Scientific memoirs by medical officers of the Army of India - Part V,
Year: 1890
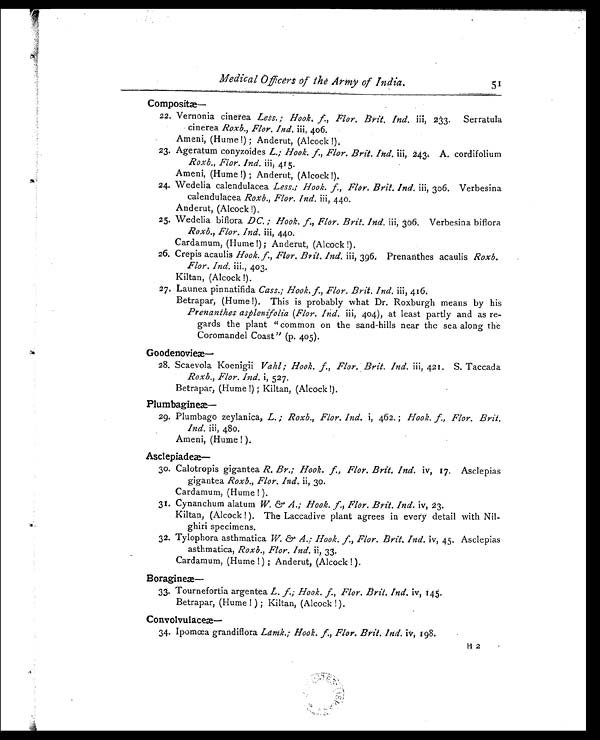
Medical Officers of the Army of India.
5 1
Composit
æ—
22. Vernonia cinerea Less; Hook. f., Flor. Brit, Ind. iii, 233. Serratula
cinerea Roxb., Flor. Ind. iii, 406.
Ameni, (Hume !); Anderut, (Alcock!).
23. Ageratum conyzoides L.; Hook. f., Flor. Brit. Ind. iii, 243. A. cordifolium
Roxb., Flor. Ind. iii; 415.
Ameni, (Hume!); Anderut, (Alcock!).
24. Wedelia calendulacea Less.; Hook. f., Flor. Brit. Ind. iii, 306. Verbesina
calendulacea Roxb., Flor. Ind. iii, 440.
Anderut, (Alcock!).
25. Wedelia biflora DC.; Hook. f., Fier. Brit. Ind. iii, 306. Verbesina biflora
Roxb., Flor. Ind. iii, 440.
Cardamum, (Hume!); Anderut, (Alcock!).
26. Crepis acaulis Hook. f., Flor. Brit. Ind. iii, 396. Prenanthes acaulis Roxb.
Flor. Ind. iii., 403.
Kiltan, (Alcock!).
27. Launea pinnatifida Cass.; Hook. f., Flor. Brit. Ind. iii, 416.
Betrapar, (Hume!). This is probably what Dr. Roxburgh means by his
Prenanthes asplenifolia (Flor. Ind. iii, 404), at least partly and as re
- gards the plant "common on the sand- hills near the sea along the
Coromandel Coast" (p. 405).
Goodenovieæ—
28. Scaevola Koenigii Vahl; Hook. f., Flor. Brit. Ind. iii, 421. S. Taccada
Roxb., Flor. Ind. i, 527.
Betrapar, (Hume!); Kiltan, (Alcock!).
Plumbagine
æ—
29. Plumbago zeylanica, L.; Roxb., Flor. Ind. i, 462. Hook. f., Flor. Brit.
Ind. iii, 480.
Ameni, (Hume! ).
Asclepiade
æ—
30. Calotropis gigantea R. Br.; Hook. f., Flor. Brit. Ind. iv, 17. Asclepias
gigantea Roxb., Flor. Ind. ii, 3o.
Cardamum, (Hume! ).
31. Cynanchum alatum W. & A.; Hook. f., Flor. Brit. Ind. iv, 23.
Kiltan, (Alcock! ). The Laccadive plant agrees in every detail with Nil
- ghiri specimens.
32. Tylophora asthmatica W. & A.: Hook. f, Flor. Brit. Ind. iv, 45. Asclepias
asthmatica, Roxb., Flor. Ind. ii, 33.
Cardamum, (Hume!); Anderut, (Alcock!).
Boragine æ—
33. Tournefortia argentea L. f.; Hook. f., Flor. Brit. Ind. iv, 145.
Betrapar, (Hume!); Kiltan, (Alcock!).
Convolvulace
æ—
34. Ipomœa grandiflora Lamk.; Hook. f., Flor. Brit. Ind. iv, 198.
H 2